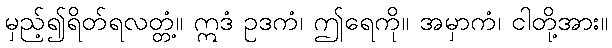
မှည့်၍ရိတ်ရလတ္တံ့။ ဣဒံ ဥဒကံ၊ ဤရေကို။ အမှာကံ၊ ငါတို့အား။